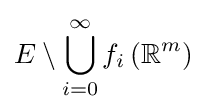
E\setminus \bigcup _{i=0}^{\infty }f_{i}\left(\mathbb {R} ^{m}\right)